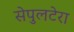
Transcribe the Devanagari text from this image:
सेपुलटेरा